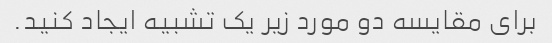
برای مقایسه دو مورد زیر یک تشبیه ایجاد کنید.